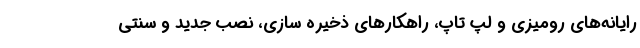
رایانه‌های رومیزی و لپ تاپ، راهکارهای ذخیره سازی، نصب جدید و سنتی